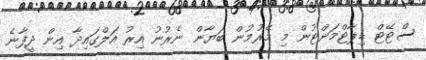
ސްޓޭޓް ޑިޕާޓްމަންޓުން މި މޭރުމުން ބަޔާން ނެރުނު އިރު އަލްގައިދާ އިން ދީފާނެ